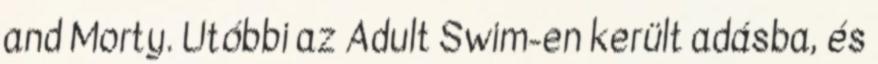
and Morty. Utóbbi az Adult Swim-en került adásba, és